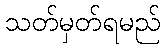
သတ်မှတ်ရမည်